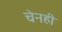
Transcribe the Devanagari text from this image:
चेनही